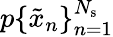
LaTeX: p\{ \tilde{x}_{n}\} _{n=1}^{N_{\mathrm{s}}}